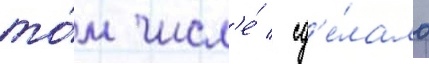
то́м числ'е́ / сд'е́лало